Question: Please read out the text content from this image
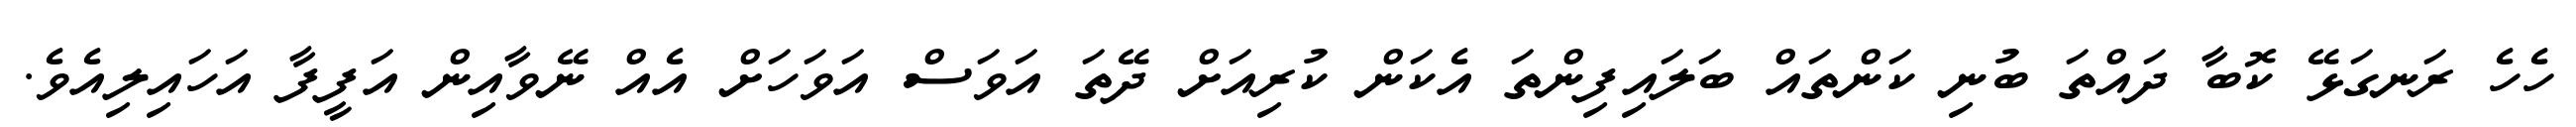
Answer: ހެހެ ރަނގަޅޭ ކޮބާ ދައްތަ ބުނި ކަންތައް ބަލައިފިންތަ އެކަން ކުރިއަށް ދޭތަ އަވަސް އަވަހަށް އެއް ނޭވާއިން އަފީފާ އަހައިލިއެވެ.